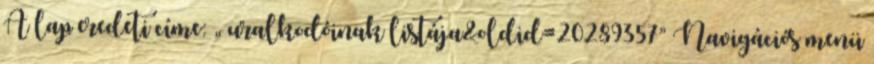
A lap eredeti címe: „ uralkodóinak listája&oldid=20289357” Navigációs menü